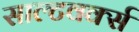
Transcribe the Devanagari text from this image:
साल्टवर्क्स